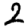
Digit: 2